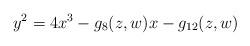
LaTeX: \begin{align*} y^2 = 4 x^3 - g_8(z,w) x - g_{12}(z,w)\end{align*}